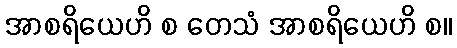
အာစရိယေဟိ စ တေသံ အာစရိယေဟိ စ။